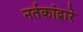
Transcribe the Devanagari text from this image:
नर्तकांद्वारे